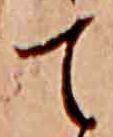
て